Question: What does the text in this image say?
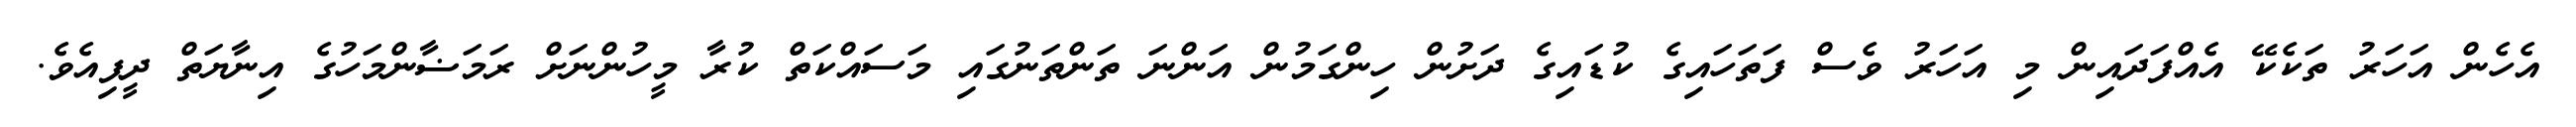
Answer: އެހެން އަހަރު ތަކެކޭ އެއްފަދައިން މި އަހަރު ވެސް ފަތަހައިގެ ކުޑައިގެ ދަށުން ހިންގަމުން އަންނަ ތަންތަނުގައި މަސައްކަތް ކުރާ މީހުންނަށް ރަމަޟާންމަހުގެ އިނާޔަތް ދީފިއެވެ.